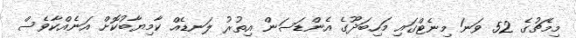
މިމެޗުގެ 52 ވަނަ މިނެޓްގައި މަހިބަދޫގެ އެންޑަސަން އިތުރު ލަނޑެއް ކާމިޔާބުކޮށް އަނެއްކާވެސް